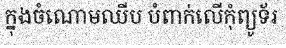
ក្នុងចំណោមឈីប បំពាក់លើកុំព្យូទ័រ